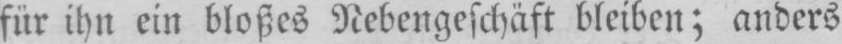
für ihn ein bloßes Nebengeschäft bleiben; anders